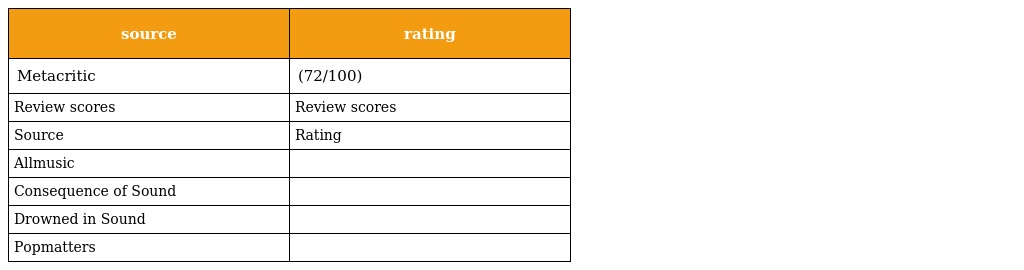
| source | rating |
 | --- | --- |
 | Metacritic | (72/100) |
 | Review scores | Review scores |
 | Source | Rating |
 | Allmusic |  |
 | Consequence of Sound |  |
 | Drowned in Sound |  |
 | Popmatters |  |